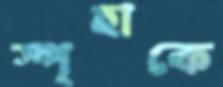
স্পৃহাকে